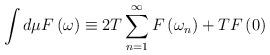
LaTeX: \begin{align*}\int d\mu F\left( \omega\right)\equiv 2T\sum_{n=1}^{\infty}F\left(\omega_n\right)+ T F\left(0\right)\end{align*}